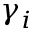
\gamma _ { i }